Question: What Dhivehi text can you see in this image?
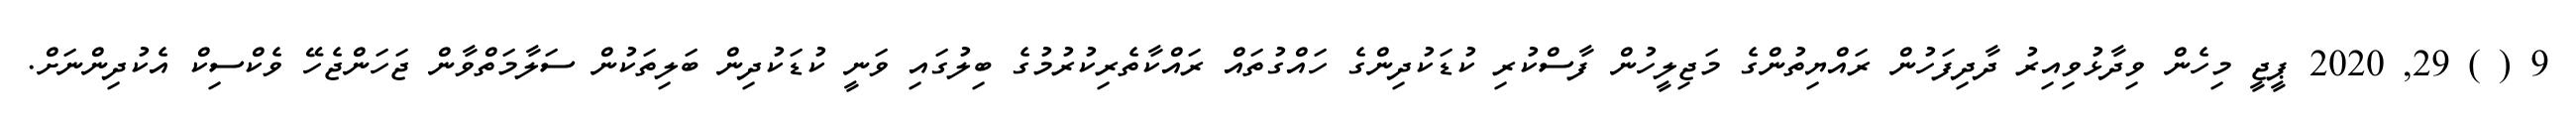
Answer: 9 ( ) 29, 2020 ޕީޖީ މިހެން ވިދާޅުވިއިރު ދާދިފަހުން ރައްޔިތުންގެ މަޖިލީހުން ފާސްކުރި ކުޑަކުދިންގެ ހައްގުތައް ރައްކާތެރިކުރުމުގެ ބިލުގައި ވަނީ ކުޑަކުދިން ބަލިތަކުން ސަލާމަތްވާން ޖަހަންޖެހޭ ވެކްސިކް އެކުދިންނަށް.